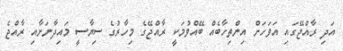
އަދި ރާއްޖޭގައި އަވަހަށް އިންތިހާބެއް ބޭއްވުމަކީ ރާއްޖޭގެ މިހާރުގެ ސިޔާސީ މައިދާނަށާއި ރާއްޖެ